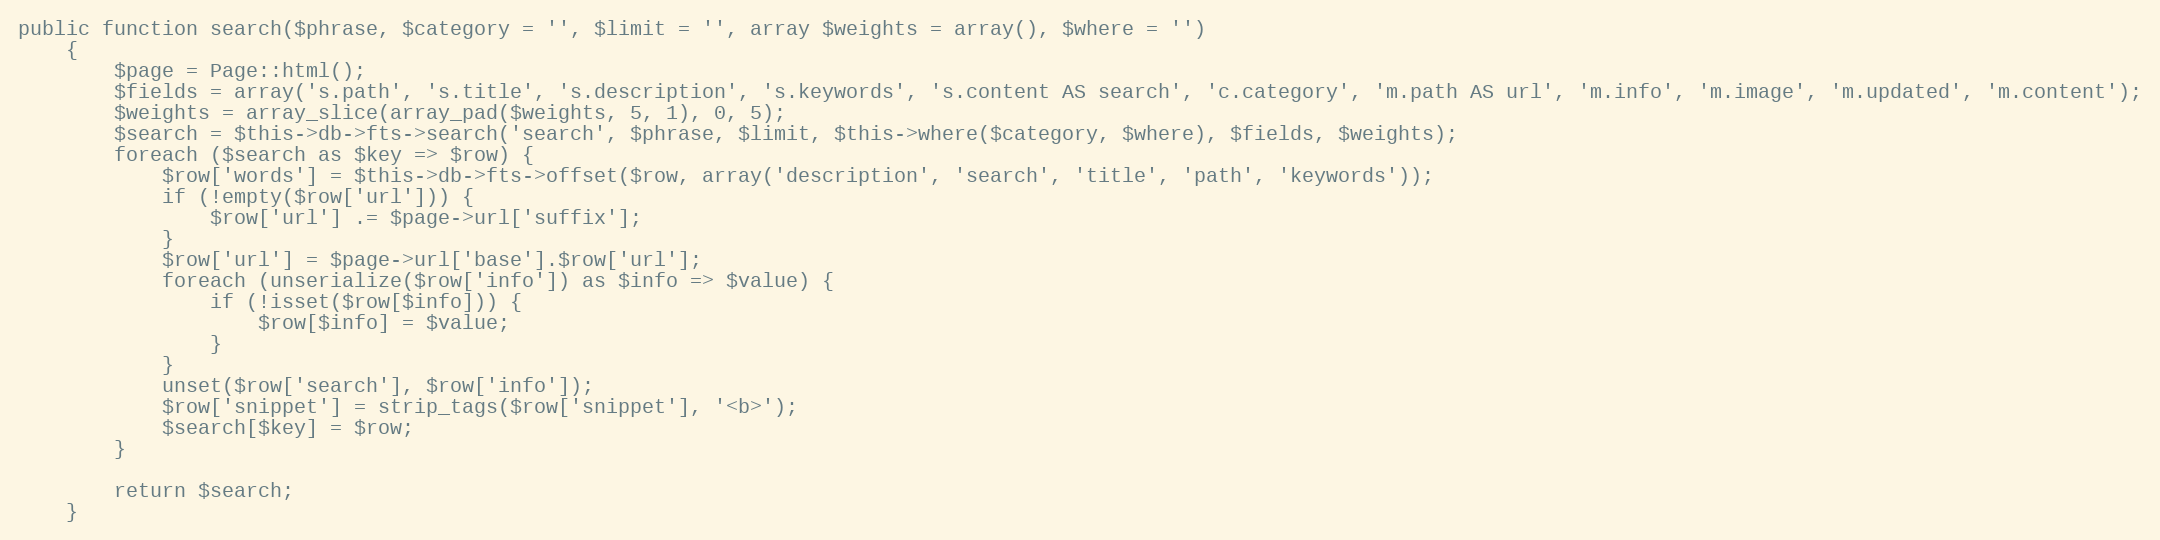
Language: PHP
public function search($phrase, $category = '', $limit = '', array $weights = array(), $where = '')
    {
        $page = Page::html();
        $fields = array('s.path', 's.title', 's.description', 's.keywords', 's.content AS search', 'c.category', 'm.path AS url', 'm.info', 'm.image', 'm.updated', 'm.content');
        $weights = array_slice(array_pad($weights, 5, 1), 0, 5);
        $search = $this->db->fts->search('search', $phrase, $limit, $this->where($category, $where), $fields, $weights);
        foreach ($search as $key => $row) {
            $row['words'] = $this->db->fts->offset($row, array('description', 'search', 'title', 'path', 'keywords'));
            if (!empty($row['url'])) {
                $row['url'] .= $page->url['suffix'];
            }
            $row['url'] = $page->url['base'].$row['url'];
            foreach (unserialize($row['info']) as $info => $value) {
                if (!isset($row[$info])) {
                    $row[$info] = $value;
                }
            }
            unset($row['search'], $row['info']);
            $row['snippet'] = strip_tags($row['snippet'], '<b>');
            $search[$key] = $row;
        }

        return $search;
    }